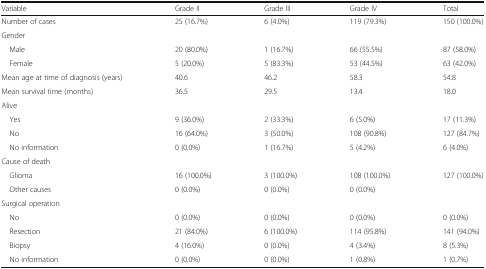
| Variable | Grade II | Grade III | Grade IV | Total |
 | --- | --- | --- | --- | --- |
 | Number of cases | 25 (16.7%) | 6 (4.0%) | 119 (79.3%) | 150 (100.0%) |
 | <COLSPAN=5> Gender |
 | Male | 20 (80.0%) | 1 (16.7%) | 66 (55.5%) | 87 (58.0%) |
 | Female | 5 (20.0%) | 5 (83.3%) | 53 (44.5%) | 63 (42.0%) |
 | Mean age at time of diagnosis (years) | 40.6 | 46.2 | 58.3 | 54.8 |
 | Mean survival time (months) | 36.5 | 29.5 | 13.4 | 18.0 |
 | <COLSPAN=5> Alive |
 | Yes | 9 (36.0%) | 2 (33.3%) | 6 (5.0%) | 17 (11.3%) |
 | No | 16 (64.0%) | 3 (50.0%) | 108 (90.8%) | 127 (84.7%) |
 | No information | 0 (0.0%) | 1 (16.7%) | 5 (4.2%) | 6 (4.0%) |
 | <COLSPAN=5> Cause of death |
 | Glioma | 16 (100.0%) | 3 (100.0%) | 108 (100.0%) | 127 (100.0%) |
 | Other causes | 0 (0.0%) | 0 (0.0%) | 0 (0.0%) |  |
 | <COLSPAN=5> Surgical operation |
 | No | 0 (0.0%) | 0 (0.0%) | 0 (0.0%) | 0 (0.0%) |
 | Resection | 21 (84.0%) | 6 (100.0%) | 114 (95.8%) | 141 (94.0%) |
 | Biopsy | 4 (16.0%) | 0 (0.0%) | 4 (3.4%) | 8 (5.3%) |
 | No information | 0 (0.0%) | 0 (0.0%) | 1 (0.8%) | 1 (0.7%) |